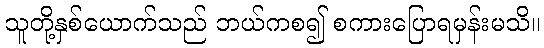
သူတို့နှစ်ယောက်သည် ဘယ်ကစ၍ စကားပြောရမှန်းမသိ။